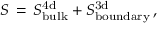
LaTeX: S \, = \, S _ { \mathrm { b u l k } } ^ { \mathrm { 4 d } } + S _ { \mathrm { b o u n d a r y } } ^ { \mathrm { 3 d } } \, ,